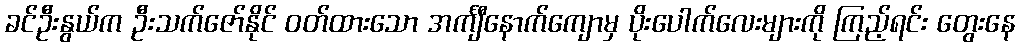
ခင်ဦးနွယ်က ဦးသက်ဇော်နိုင် ဝတ်ထားသော အင်္ကျီနောက်ကျောမှ ပိုးပေါက်လေးများကို ကြည့်ရင်း တွေးနေ